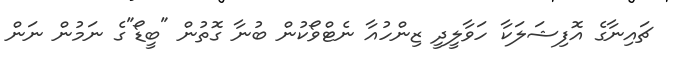
ޗައިނާގެ އޮފިޝަލަކާ ހަވާލީދީ ޒިންހުއާ ނެޓްވޯކުން ބުނާ ގޮތުން "ބީޑޯ"ގެ ނަމުން ނަން